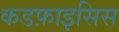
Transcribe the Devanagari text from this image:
कडफ़ाइसिस